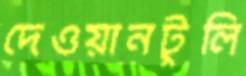
দেওয়ানটুলি